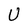
Character: U